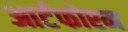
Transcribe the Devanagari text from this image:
आर्टफोरम